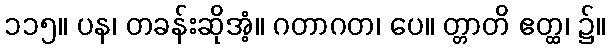
၁၁၅။ ပန၊ တခန်းဆိုအံ့။ ဂတာဂတ၊ ပေ။ တ္တာတိ ဧတ္ထ၊ ၌။